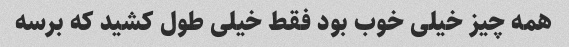
همه چیز خیلی خوب بود فقط خیلی طول کشید که برسه